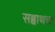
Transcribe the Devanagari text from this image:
सब्बाथचा